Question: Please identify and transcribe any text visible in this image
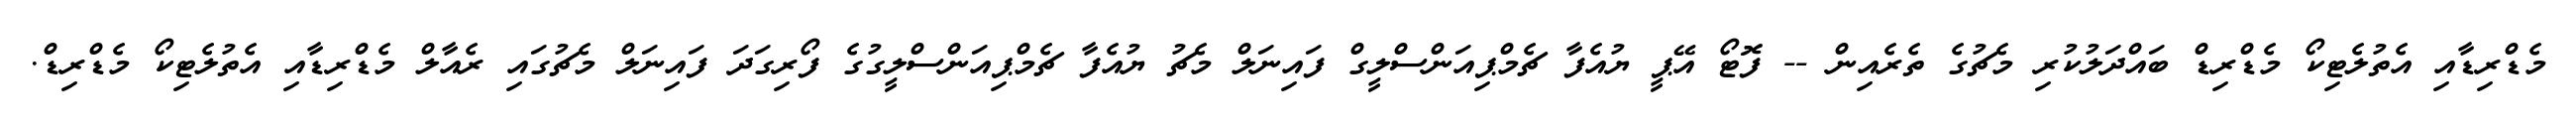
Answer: މެޑްރިޑާއި އެތުލެޓިކޯ މެޑްރިޑް ބައްދަލުކުރި މެޗުގެ ތެރެއިން -- ފޮޓޯ އޭޕީ ޔުއެފާ ޗެމްޕިއަންސްލީގް ފައިނަލް މެޗު ޔުއެފާ ޗެމްޕިއަންސްލީގުގެ ފޯރިގަދަ ފައިނަލް މެޗުގައި ރެއާލް މެޑްރިޑާއި އެތުލެޓިކޯ މެޑްރިޑް.